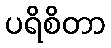
ပရိစိတာ